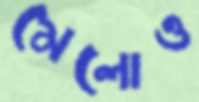
মেলোও